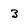
Character: 3